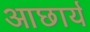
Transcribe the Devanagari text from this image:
आछार्य